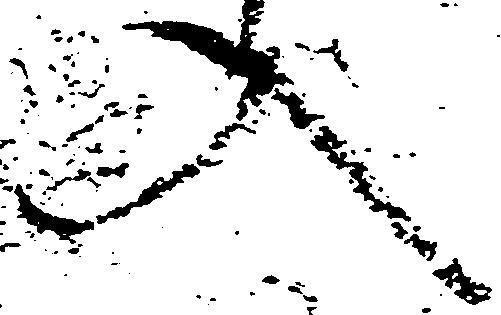
入